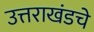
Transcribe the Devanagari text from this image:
उत्तराखंडचे